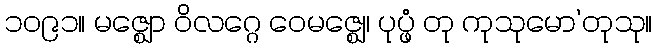
၁၀၉၁။ မဇ္ဈော ဝိလဂ္ဂေ ဝေမဇ္ဈေ၊ ပုပ္ဖံ တု ကုသုမော’တုသု။